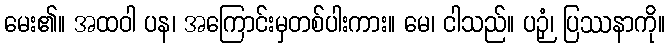
မေး၏။ အထဝါ ပန၊ အကြောင်းမှတစ်ပါးကား။ မေ၊ ငါသည်။ ပဉှံ၊ ပြဿနာကို။